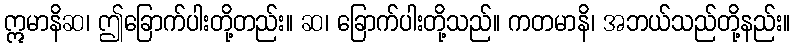
ဣမာနိဆ၊ ဤခြောက်ပါးတို့တည်း။ ဆ၊ ခြောက်ပါးတို့သည်။ ကတမာနိ၊ အဘယ်သည်တို့နည်း။